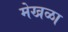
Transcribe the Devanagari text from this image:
मेखळा